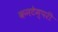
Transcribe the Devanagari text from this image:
कनटेम्परी